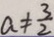
a \neq \frac { 3 } { 2 }